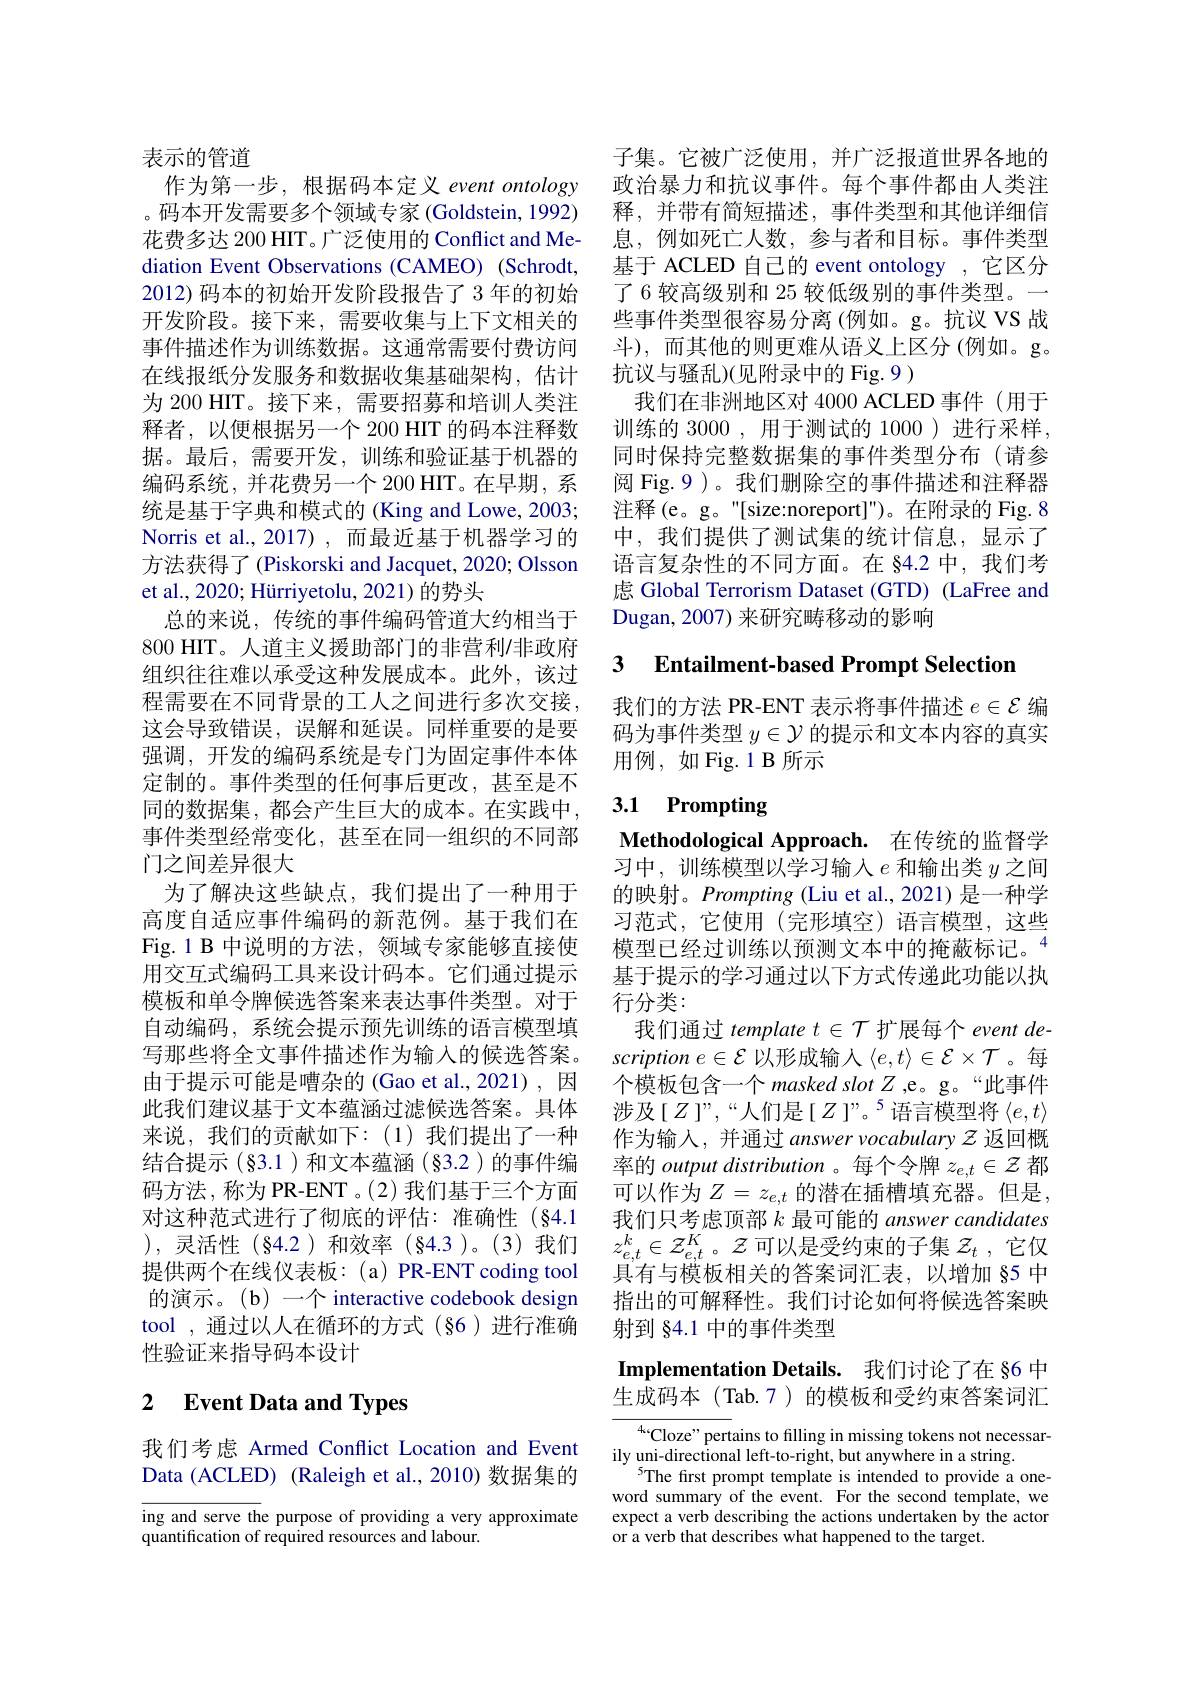
表示的管道
作为第一步，根据码本定义 event ontology 。码本开发需要多个领域专家 (Goldstein, 1992) 花费多达 200 HIT。广泛使用的 Conflict and Mediation Event Observations (CAMEO) (Schrodt, 2012)码本的初始开发阶段报告了3年的初始开发阶段。接下来，需要收集与上下文相关的事件描述作为训练数据。这通常需要付费访问在线报纸分发服务和数据收集基础架构，估计为 200 HIT。接下来，需要招募和培训人类注释者，以便根据另一个 200 HIT 的码本注释数据。最后，需要开发，训练和验证基于机器的编码系统，并花费另一个 200 HIT。在早期，系统是基于字典和模式的 (King and Lowe, 2003; Norris et al.,2017) ,而最近基于机器学习的方法获得了(Piskorski and Jacquet, 2020; Olsson et al., 2020; Hürriyetolu, 2021) 的势头
总的来说，传统的事件编码管道大约相当于800 HIT。人道主义援助部门的非营利/非政府组织往往难以承受这种发展成本。此外，该过程需要在不同背景的工人之间进行多次交接， 这会导致错误，误解和延误。同样重要的是要强调，开发的编码系统是专门为固定事件本体定制的。事件类型的任何事后更改，甚至是不同的数据集，都会产生巨大的成本。在实践中， 事件类型经常变化，甚至在同一组织的不同部门之间差异很大
为了解决这些缺点，我们提出了一种用于高度自适应事件编码的新范例。基于我们在Fig.1 B 中说明的方法，领域专家能够直接使用交互式编码工具来设计码本。它们通过提示模板和单令牌候选答案来表达事件类型。对于自动编码，系统会提示预先训练的语言模型填写那些将全文事件描述作为输入的候选答案。由于提示可能是嘈杂的(Gao et al.,2021),因此我们建议基于文本蕴涵过滤候选答案。具体来说，我们的贡献如下：(1)我们提出了一种结合提示(§3.1)和文本蕴涵(§3.2)的事件编码方法，称为 PR-ENT 。(2) 我们基于三个方面对这种范式进行了彻底的评估：准确性(§4.1 ),灵活性(§4.2)和效率(§4.3)。(3)我们提供两个在线仪表板：(a) PR-ENT coding tool 的演示。(b) 一个 interactive codebook design tool ,通过以人在循环的方式 (§6)进行准确性验证来指导码本设计

### 2 $\textbf{Event Data and Types}$

我们考虑 Armed Conflict Location and Event Data (ACLED) (Raleigh et al., 2010) 数据集的

$\begin{array}{l}\text{ing and serve the purpose of providing a very approximate}\\\text{quantification of required resources and labour.}\end{array}$

子集。它被广泛使用，并广泛报道世界各地的政治暴力和抗议事件。每个事件都由人类注释，并带有简短描述，事件类型和其他详细信息，例如死亡人数，参与者和目标。事件类型基于 ACLED 自己的 event ontology ,它区分了 6 较高级别和 25 较低级别的事件类型。一些事件类型很容易分离(例如。g。抗议 VS 战斗),而其他的则更难从语义上区分(例如。g。抗议与骚乱)(见附录中的 Fig. 9 )
我们在非洲地区对 4000 ACLED 事件 (用于训练的 3000 ,用于测试的 1000 )进行采样， 同时保持完整数据集的事件类型分布(请参阅 Fig.9)。我们删除空的事件描述和注释器注释(e。g。"[size:noreport]")。在附录的 Fig. 8中，我们提供了测试集的统计信息，显示了语言复杂性的不同方面。在 §4.2 中，我们考虑 Global Terrorism Dataset (GTD) (LaFree and Dugan, 2007) 来研究畴移动的影响

### 3 Entailment-based Prompt Selectior

我们的方法 PR-ENT 表示将事件描述$e\in\mathcal{E}$编码为事件类型$y\in\mathcal{Y}$的提示和文本内容的真实用例，如Fig.1B所示

# 3.1 Prompting

Methodological Approach. 在传统的监督学习中，训练模型以学习输入$e$和输出类$y$之间的映射。Prompting (Liu et al., 2021) 是一种学习范式，它使用(完形填空)语言模型，这些模型已经过训练以预测文本中的掩蔽标记。“ 基于提示的学习通过以下方式传递此功能以执行分类：
我们通过 template $t\in\mathcal{T}$扩展每个 event de- $scriptione\in\mathcal{E}$以形成输入$\langle e,t\rangle\in\mathcal{E}\times\mathcal{T}$。每$\hat{\text{个模板包含一个 masked slot }Z}$,e。g。“此事件涉及$[Z]”,“人们是[Z]”。5$语言模型将$\langle e,t\rangle$ 作为输入，并通过 answer vocabulary $z$返回概率的 output distribution 。每个令牌$z_{e,t}\in\mathcal{Z}$都可以作为$Z=z_e,t$的潜在插槽填充器。但是， 我们只考虑顶部$k$最可能的 answer candidates $z_{e,t}^k\in\mathcal{Z}_{e,t}^K$。$\mathcal{Z}$可以是受约束的子集 $z_t$ ,它仅具有与模板相关的答案词汇表，以增加 §5 中指出的可解释性。我们讨论如何将候选答案映射到 84.1 中的事件类型

Implementation Details. 我们讨论了在 §6 中生成码本(Tab.7)的模板和受约束答案词汇

${^{4.6}\text{Cloze" pert}}$ains to filling in missing tokens not necessar-
ily uni-directional left-to-right, but anywhere in a string.
$^{5}$The first prompt template is intended to provide a oneword summary of the event. For the second template, we expect a verb describing the actions undertaken by the actor or a verb that describes what happened to the target.